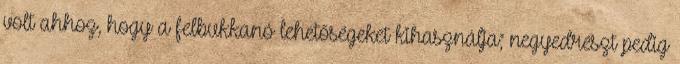
volt ahhoz, hogy a felbukkanó lehetőségeket kihasználja; negyedrészt pedig